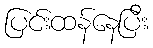
ပြင်းထန်နေပြီး